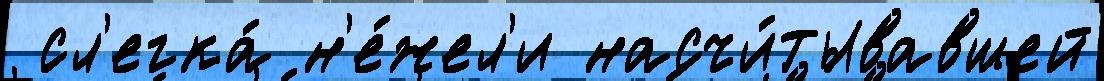
 сл'егка́ н'е́жел'и насчи́тывавшей